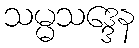
သမ္မသဒ္ဒေန